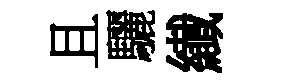
且驪纎